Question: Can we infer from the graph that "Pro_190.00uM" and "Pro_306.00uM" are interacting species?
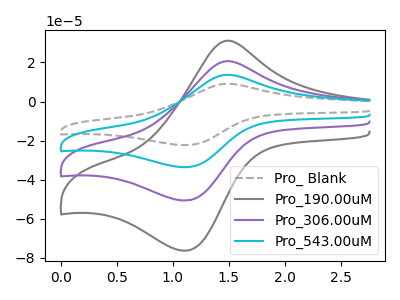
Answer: <think>The gray dashed curve "Pro_ Blank" has an anodic peak at (1.50V, 61.95uA) and a cathodic peak at (1.10V, -152.05uA). The gray curve "Pro_190.00uM" has an anodic peak at (1.50V, 31.10uA) and a cathodic peak at (1.10V, -76.40uA). The purple curve "Pro_306.00uM" has an anodic peak at (1.50V, 20.65uA) and a cathodic peak at (1.10V, -50.70uA). The cyan curve "Pro_543.00uM" has an anodic peak at (1.50V, 41.30uA) and a cathodic peak at (1.10V, -101.40uA).
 All the peaks in "Pro_190.00uM" have a peak in "Pro_306.00uM" at the same potential. Every peak in "Pro_190.00uM" is higher than every peak in "Pro_306.00uM".</think>
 <answer>No, "Pro_190.00uM" and "Pro_306.00uM" don't appear to be significantly different in shape</answer>
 <eval>no_change</eval>